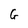
Character: G